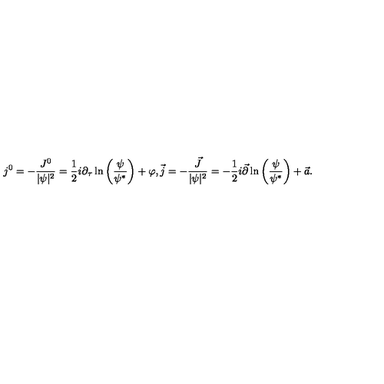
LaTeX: j ^ { 0 } = - \frac { J ^ { 0 } } { | \psi | ^ { 2 } } = \frac { 1 } { 2 } i \partial _ { \tau } \ln \left( \frac { \psi } { \psi ^ { * } } \right) + \varphi , \vec { j } = - \frac { \vec { J } } { | \psi | ^ { 2 } } = - \frac { 1 } { 2 } i \vec { \partial } \ln \left( \frac { \psi } { \psi ^ { * } } \right) + \vec { a } .